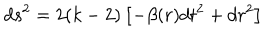
d s ^ { 2 } = 2 ( k - 2 ) \left[ - \beta ( r ) d t ^ { 2 } + d r ^ { 2 } \right]